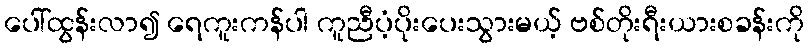
ပေါ်ထွန်းလာ၍ ရေကူးကန်ပါ ကူညီပံ့ပိုးပေးသွားမယ့် ဗစ်တိုးရီးယားစခန်းကို